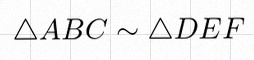
\triangle ABC\sim\triangle DEF